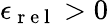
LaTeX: \epsilon_{\mathrm{~r~e~l~}}>0